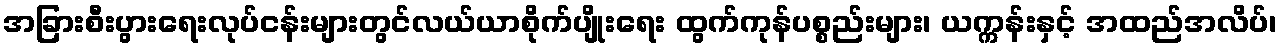
အခြားစီးပွားရေးလုပ်ငန်းများတွင်လယ်ယာစိုက်ပျိုးရေး ထွက်ကုန်ပစ္စည်းများ၊ ယက္ကန်းနှင့် အထည်အလိပ်၊